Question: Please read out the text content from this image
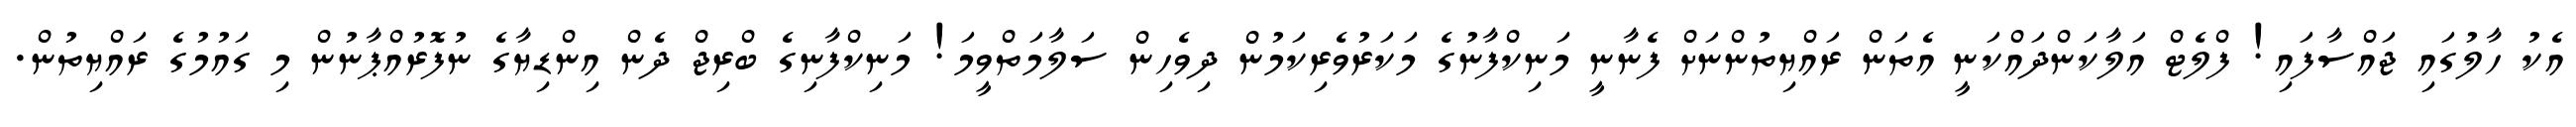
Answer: އެކު ހާލުގައި ޖައްސާފައި! ފްލެޓް އަލާކަންދައްކަނީ އެތަން ރައްޔިތުންނަށް ފެނާނީ މަނިކްފާނުގެ މަކަރުވެރިކަމުން ދިވެހިން ސަލާމަތްވީމަ! މަނިކްފާނިގެ ބްރިޖް ދެން އިންޑިޔާގެ ނުފޮރުއްޕާނުން މި ގައުމުގެ ރައްޔިތުން.